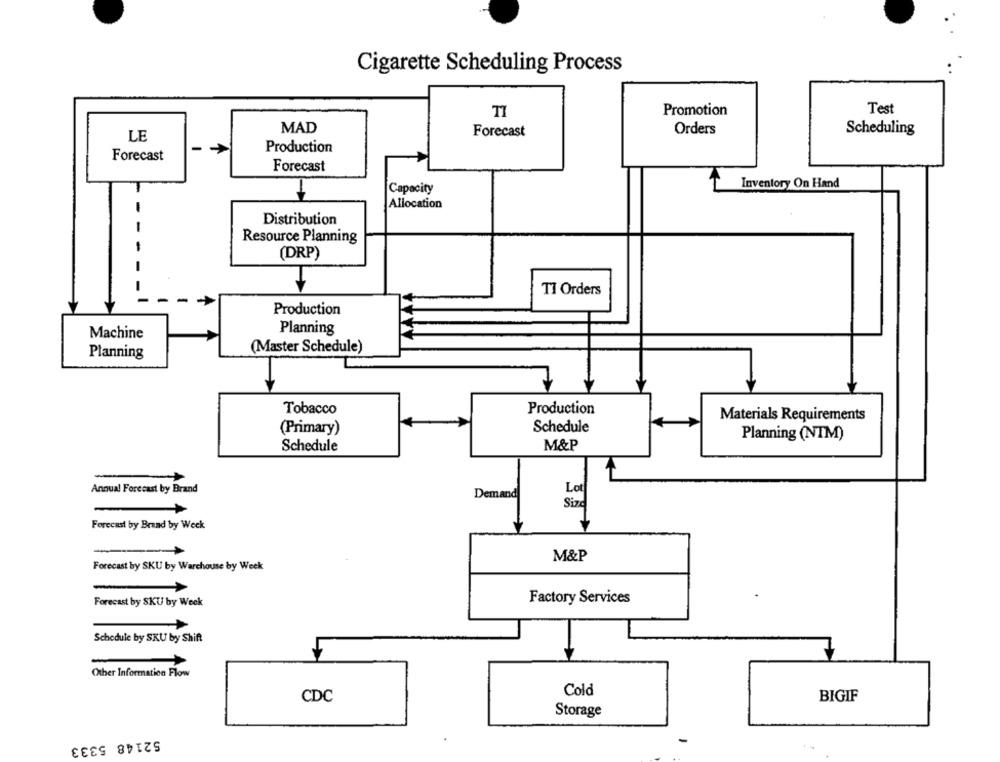
Cigarette Scheduling Process
TI
Promotion
Test
MAD
Orders
LE
Forecast
Scheduling
Production
Forecast
Forecast
Inventory On Hand
Capacity
Allocation
-
Distribution
Resource Planning
(DRP)
-
TI Orders
Production
Machine
Planning
(Master Schedule)
Planning
Tobacco
Production
Materials Requirements
(Primary)
Schedule
Planning (NTM)
Schedule
M&P
Lot
Annual Forecast by Brand
Demand
Size
Forecast by Brand by Week
M&P
Forecast by SKU by Warchouse by Week
Forecast by SKU by Week
Factory Services
Schedule by SKU by Shift
Other Information Flow
Cold
CDC
BIGIF
Storage
52148 5333